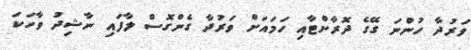
ވަރުދާ ހުންނަ ގޭގެ ދޮރާށްޓާއި ހަމައަށް ވަރުދާ ގެންގޮސް ލާފައި ނާޝިދު ވާހަކަ